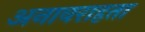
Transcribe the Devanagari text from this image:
अनावराहता